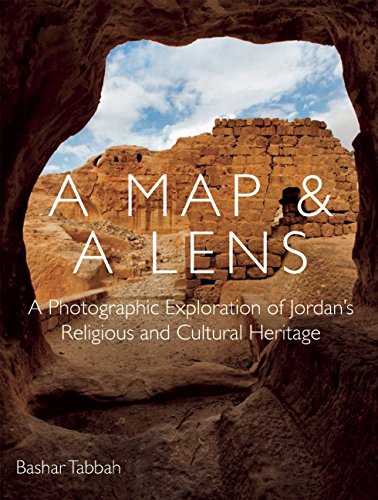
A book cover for A Map and a Lens: A Photographic Exploration of JordanEEs Religious and Cultural Heritage; Bashar Tabbah; Travel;